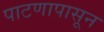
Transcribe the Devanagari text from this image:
पाटणापासून